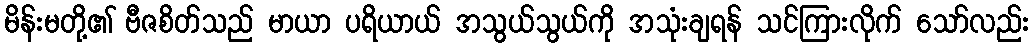
မိန်းမတို့၏ ဗီဇစိတ်သည် မာယာ ပရိယာယ် အသွယ်သွယ်ကို အသုံးချရန် သင်ကြားလိုက် သော်လည်း